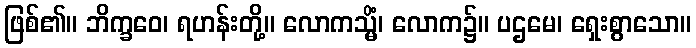
ဖြစ်၏။ ဘိက္ခဝေ၊ ရဟန်းတို့။ လောကသ္မိံ၊ လောက၌။ ပဌမေ၊ ရှေးစွာသော။